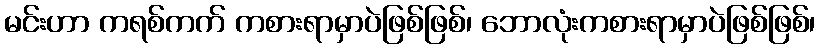
မင်းဟာ ကရစ်ကက် ကစားရာမှာပဲဖြစ်ဖြစ်၊ ဘောလုံးကစားရာမှာပဲဖြစ်ဖြစ်၊